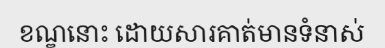
ខណ្ឌនោះ ដោយសារគាត់មានទំនាស់